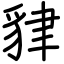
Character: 貄